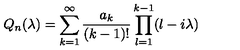
Q _ { n } ( \lambda ) = \sum _ { k = 1 } ^ { \infty } \frac { a _ { k } } { ( k - 1 ) ! } \prod _ { l = 1 } ^ { k - 1 } ( l - i \lambda )